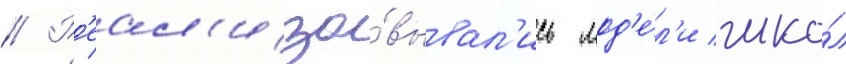
// Р'еал'изо́вывал'ись мод'е́л'и шко́л